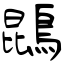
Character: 鵾